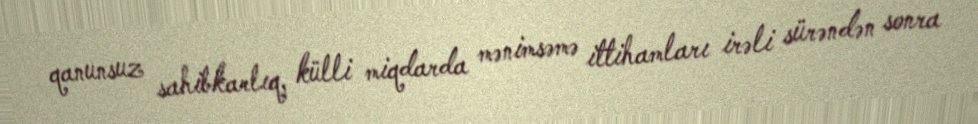
qanunsuz sahibkarlıq, külli miqdarda mənimsəmə ittihamları irəli sürəndən sonra